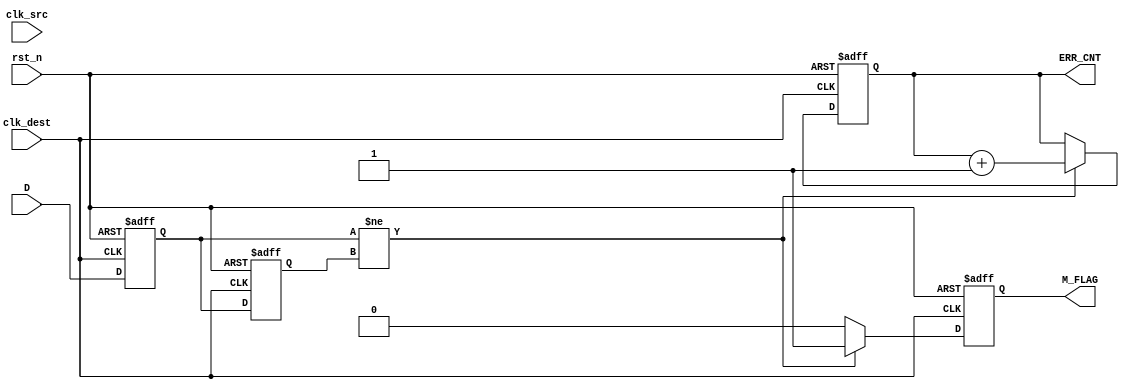
module cdc_detector (
    input wire D,                // Data signal to be monitored
    input wire clk_src,          // Source clock
    input wire clk_dest,         // Destination clock
    input wire rst_n,            // Asynchronous reset (active low)
    output reg M_FLAG,           // Metastability flag
    output reg [31:0] ERR_CNT    // Error counter
);

    reg Q1, Q2;                  // Flip-flop outputs

    // Asynchronous reset and sampling in the destination clock domain
    always @(posedge clk_dest or negedge rst_n) begin
        if (!rst_n) begin
            Q1 <= 1'b0;
            Q2 <= 1'b0;
            M_FLAG <= 1'b0;
            ERR_CNT <= 32'b0;
        end else begin
            Q1 <= D;              // Sample data signal
            Q2 <= Q1;             // Sample output of FF1
            // Check for metastability condition
            if (Q1 != Q2) begin
                M_FLAG <= 1'b1;   // Set metastability flag
                ERR_CNT <= ERR_CNT + 1; // Increment error counter
            end else begin
                M_FLAG <= 1'b0;    // Clear metastability flag
            end
        end
    end

endmodule